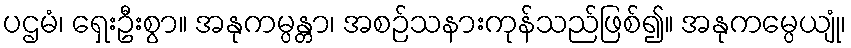
ပဌမံ၊ ရှေးဦးစွာ။ အနုကမ္ပန္တာ၊ အစဉ်သနားကုန်သည်ဖြစ်၍။ အနုကမ္ပေယျုံ၊